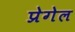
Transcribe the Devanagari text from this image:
प्रेगेल